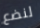
لنضع